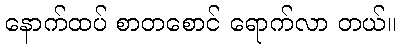
နောက်ထပ် စာတစောင် ရောက်လာ တယ်။